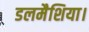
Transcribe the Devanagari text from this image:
डलमैशिया।